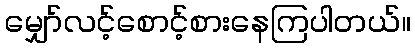
မျှော်လင့်စောင့်စားနေကြပါတယ်။